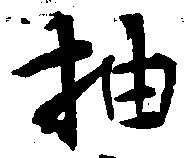
抽